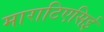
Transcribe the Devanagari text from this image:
माराटिएसिई